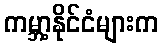
ကမ္ဘာ့နိုင်ငံများက